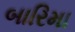
બારિમા